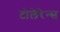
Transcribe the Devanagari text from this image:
टोलेरेन्स